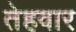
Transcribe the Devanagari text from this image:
तेहवार